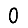
Digit: 0